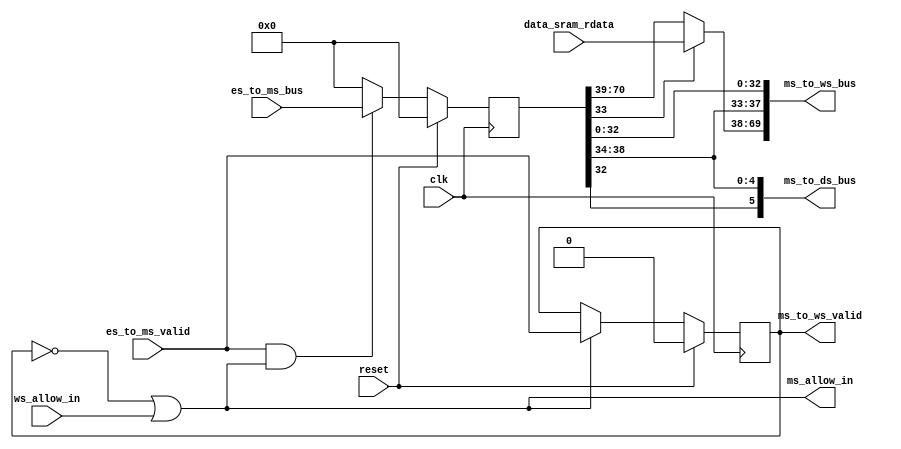
`define WIDTH_BR_BUS       33
`define WIDTH_FS_TO_DS_BUS 64
`define WIDTH_DS_TO_ES_BUS 150
`define WIDTH_ES_TO_MS_BUS 71
`define WIDTH_MS_TO_WS_BUS 70
`define WIDTH_WS_TO_DS_BUS 38
`define WIDTH_ES_TO_DS_BUS 6
`define WIDTH_MS_TO_DS_BUS 6

module stage4_MEM(
    input clk,
    input reset,

    input ws_allow_in,
    output ms_allow_in,

    input es_to_ms_valid,
    output ms_to_ws_valid,

    input [`WIDTH_ES_TO_MS_BUS-1:0] es_to_ms_bus,
    output [`WIDTH_MS_TO_WS_BUS-1:0] ms_to_ws_bus,
    output [`WIDTH_MS_TO_DS_BUS-1:0] ms_to_ds_bus,
    
    input [31:0] data_sram_rdata
);

/*-----------------------es_to_ms_bus----------------*/
/*
assign es_to_ms_bus[31:0] = es_pc;
assign es_to_ms_bus[32:32] = es_gr_we;
assign es_to_ms_bus[33:33] = es_res_from_mem;
assign es_to_ms_bus[38:34] = es_dest;
assign es_to_ms_bus[70:39] = es_alu_result;
*/

wire [31:0] ms_pc;
wire ms_gr_we;
wire ms_res_from_mem;
wire [4:0] ms_dest;
wire [31:0] ms_alu_result;

reg [`WIDTH_ES_TO_MS_BUS-1:0] es_to_ms_bus_reg;
always @(posedge clk)
    begin
        if(reset)
            es_to_ms_bus_reg <= 0;
        else if(es_to_ms_valid && ms_allow_in)
            es_to_ms_bus_reg <= es_to_ms_bus;
        else
            es_to_ms_bus_reg <= 0;
    end 

assign {ms_alu_result, ms_dest, ms_res_from_mem,
        ms_gr_we, ms_pc} = es_to_ms_bus_reg;

/*-------------------------------------------------------*/

/*----------------------?ms_to_ws_bus-----------------*/
wire [31:0] mem_result;
assign mem_result   = data_sram_rdata;
wire [31:0] ms_final_result;
assign ms_final_result = ms_res_from_mem? mem_result : ms_alu_result;

assign ms_to_ws_bus[31:0]  = ms_pc;
assign ms_to_ws_bus[32:32] = ms_gr_we;
assign ms_to_ws_bus[37:33] = ms_dest;
assign ms_to_ws_bus[69:38] = ms_final_result;
/*-------------------------------------------------------*/

/*--------------------------valid------------------------*/
reg ms_valid;    //valid????

wire ms_ready_go;
assign ms_ready_go = 1'b1;
assign ms_allow_in = !ms_valid || ms_ready_go && ws_allow_in;
assign ms_to_ws_valid = ms_valid && ms_ready_go;

always @(posedge clk)
    begin
        if(reset)
            ms_valid <= 1'b0;
        else if(ms_allow_in)
            ms_valid <= es_to_ms_valid;
    end

/*-------------------------------------------------------*/

/*--------------------?ms_to_ds_bus-------------------*/
assign ms_to_ds_bus = {ms_gr_we,ms_dest};
/*-------------------------------------------------------*/

endmodule